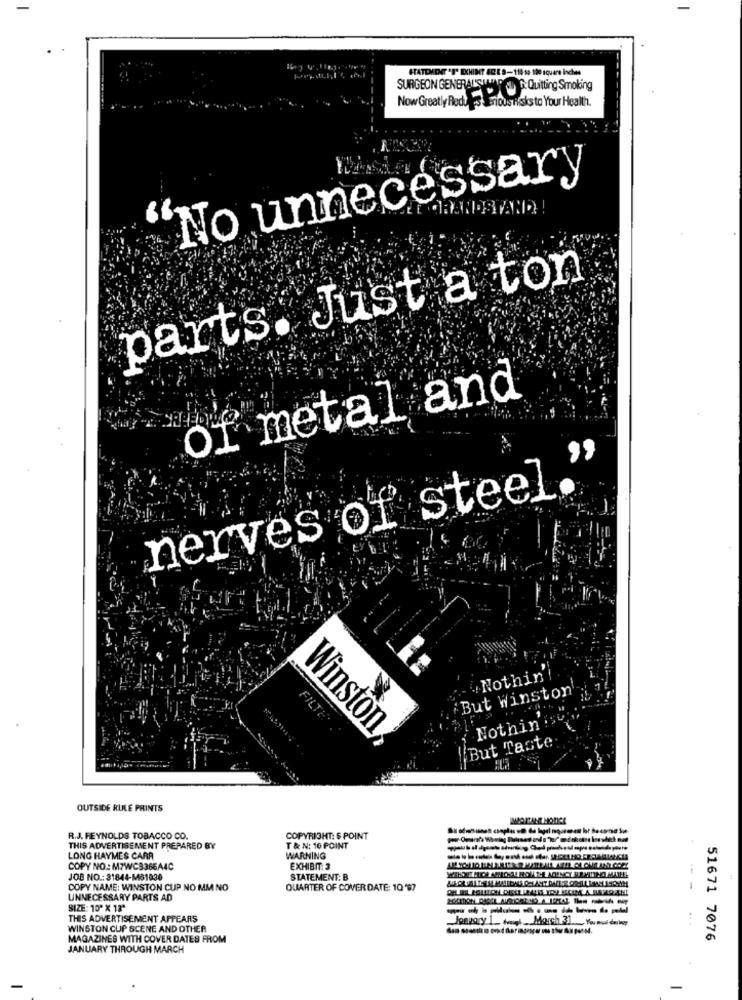
SURGEON GENERAL'SIANAD AUD G: Quitting Smoking
Now Greatly Redu ess arious Risks to Your Health.
No unnecessary
GRANDSTAND !
parts. Just a ton
Of metal and
nerves of steel."
.Nothin'
But Winston
Nothingse
FILTER:
Winston
But Taste
OUTSIDE RULE PRINTS
R.J. REYNOLDS TOBACCO OD.
COPYRIGHT: $ POINT
THIS ADVERTISEMENT PREPARED BY
T & N: 10 POINT
LONG HAYMES CARA
WARNING
COPY NO .: M7WCB366A4C
EXHIBIT: 3
JOB NO .: 31844-MB1030
STATEMENT: B
COPY NAME: WINSTON CUP NO MM NO
QUARTER OF COVER DATE: 10'97
UNNECESSARY PARTS AD
SIZE: 10" X 18"
THIS ADVERTISEMENT APPEARS
WINSTON CUP SCENE AND OTHER
MAGAZINES WITH COVER DATES FROM
51671 7076
JANUARY THROUGH MARCH
-